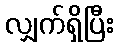
လျှက်ရှိပြီး